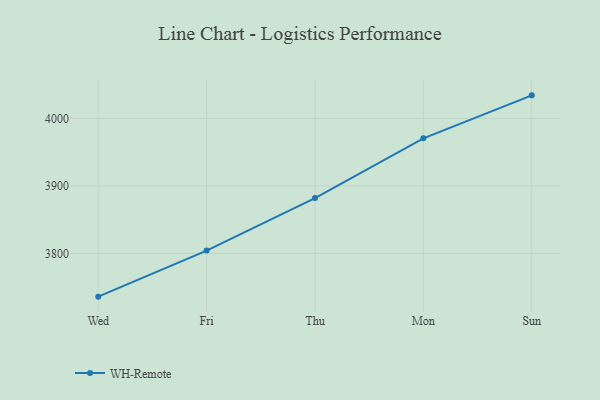
{"axis": {"x": "Day", "y": "Conversion Rate (%)"}, "legend": ["WH-Remote"], "data": [{"x": "Wed", "y": 3735.8, "type": "WH-Remote"}, {"x": "Fri", "y": 3804.1, "type": "WH-Remote"}, {"x": "Thu", "y": 3881.9, "type": "WH-Remote"}, {"x": "Mon", "y": 3970.6, "type": "WH-Remote"}, {"x": "Sun", "y": 4034.3, "type": "WH-Remote"}]}